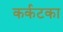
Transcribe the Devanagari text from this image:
कर्कटका